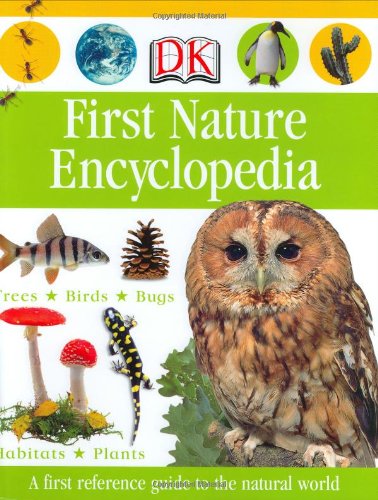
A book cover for First Nature Encyclopedia (Dk First Reference); DK; Reference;